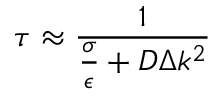
\tau \approx \frac { 1 } { \frac { \sigma } { \epsilon } + D \Delta k ^ { 2 } }